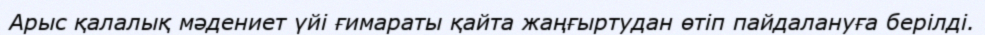
Арыс қалалық мәдениет үйі ғимараты қайта жаңғыртудан өтіп пайдалануға берілді.